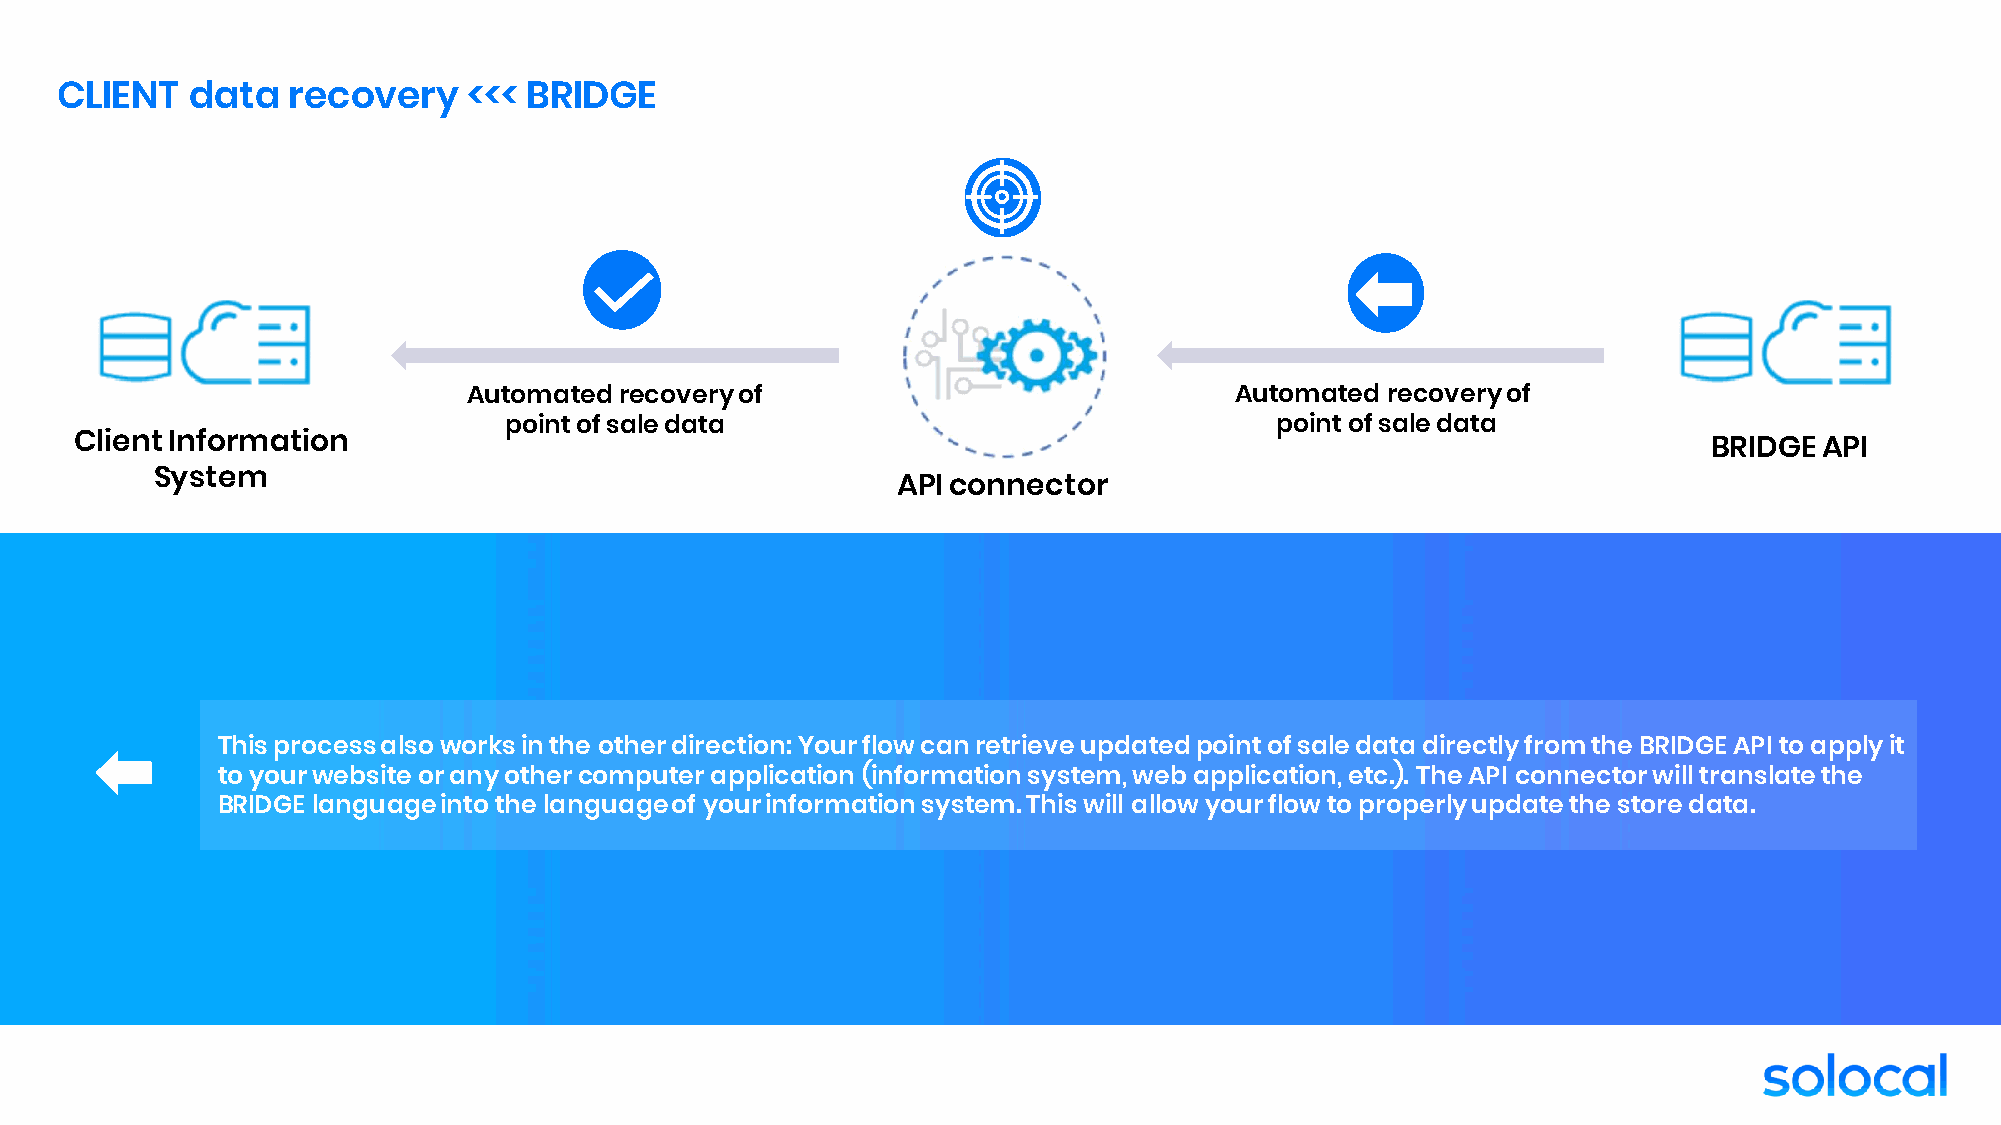
CLIENT   data  recovery    <<< BRIDGE
 Automated recoveryof                               Automated recoveryof
 point of sale data                                 point of sale data
 ClientInformation                                                                                           BRIDGE  API
 System
 APIconnector
 This process alsoworksin the otherdirection: Yourflow can retrieveupdatedpoint of sale data directlyfromthe BRIDGE API to applyit
 to yourwebsite or anyothercomputer application (information system, web application, etc.). The API connectorwilltranslate the
 BRIDGE languageintothe languageof yourinformation system. This will allow yourflow to properlyupdate the store data.